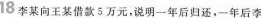
18李某向王某借款5万元，说明一年后归还，一年后李